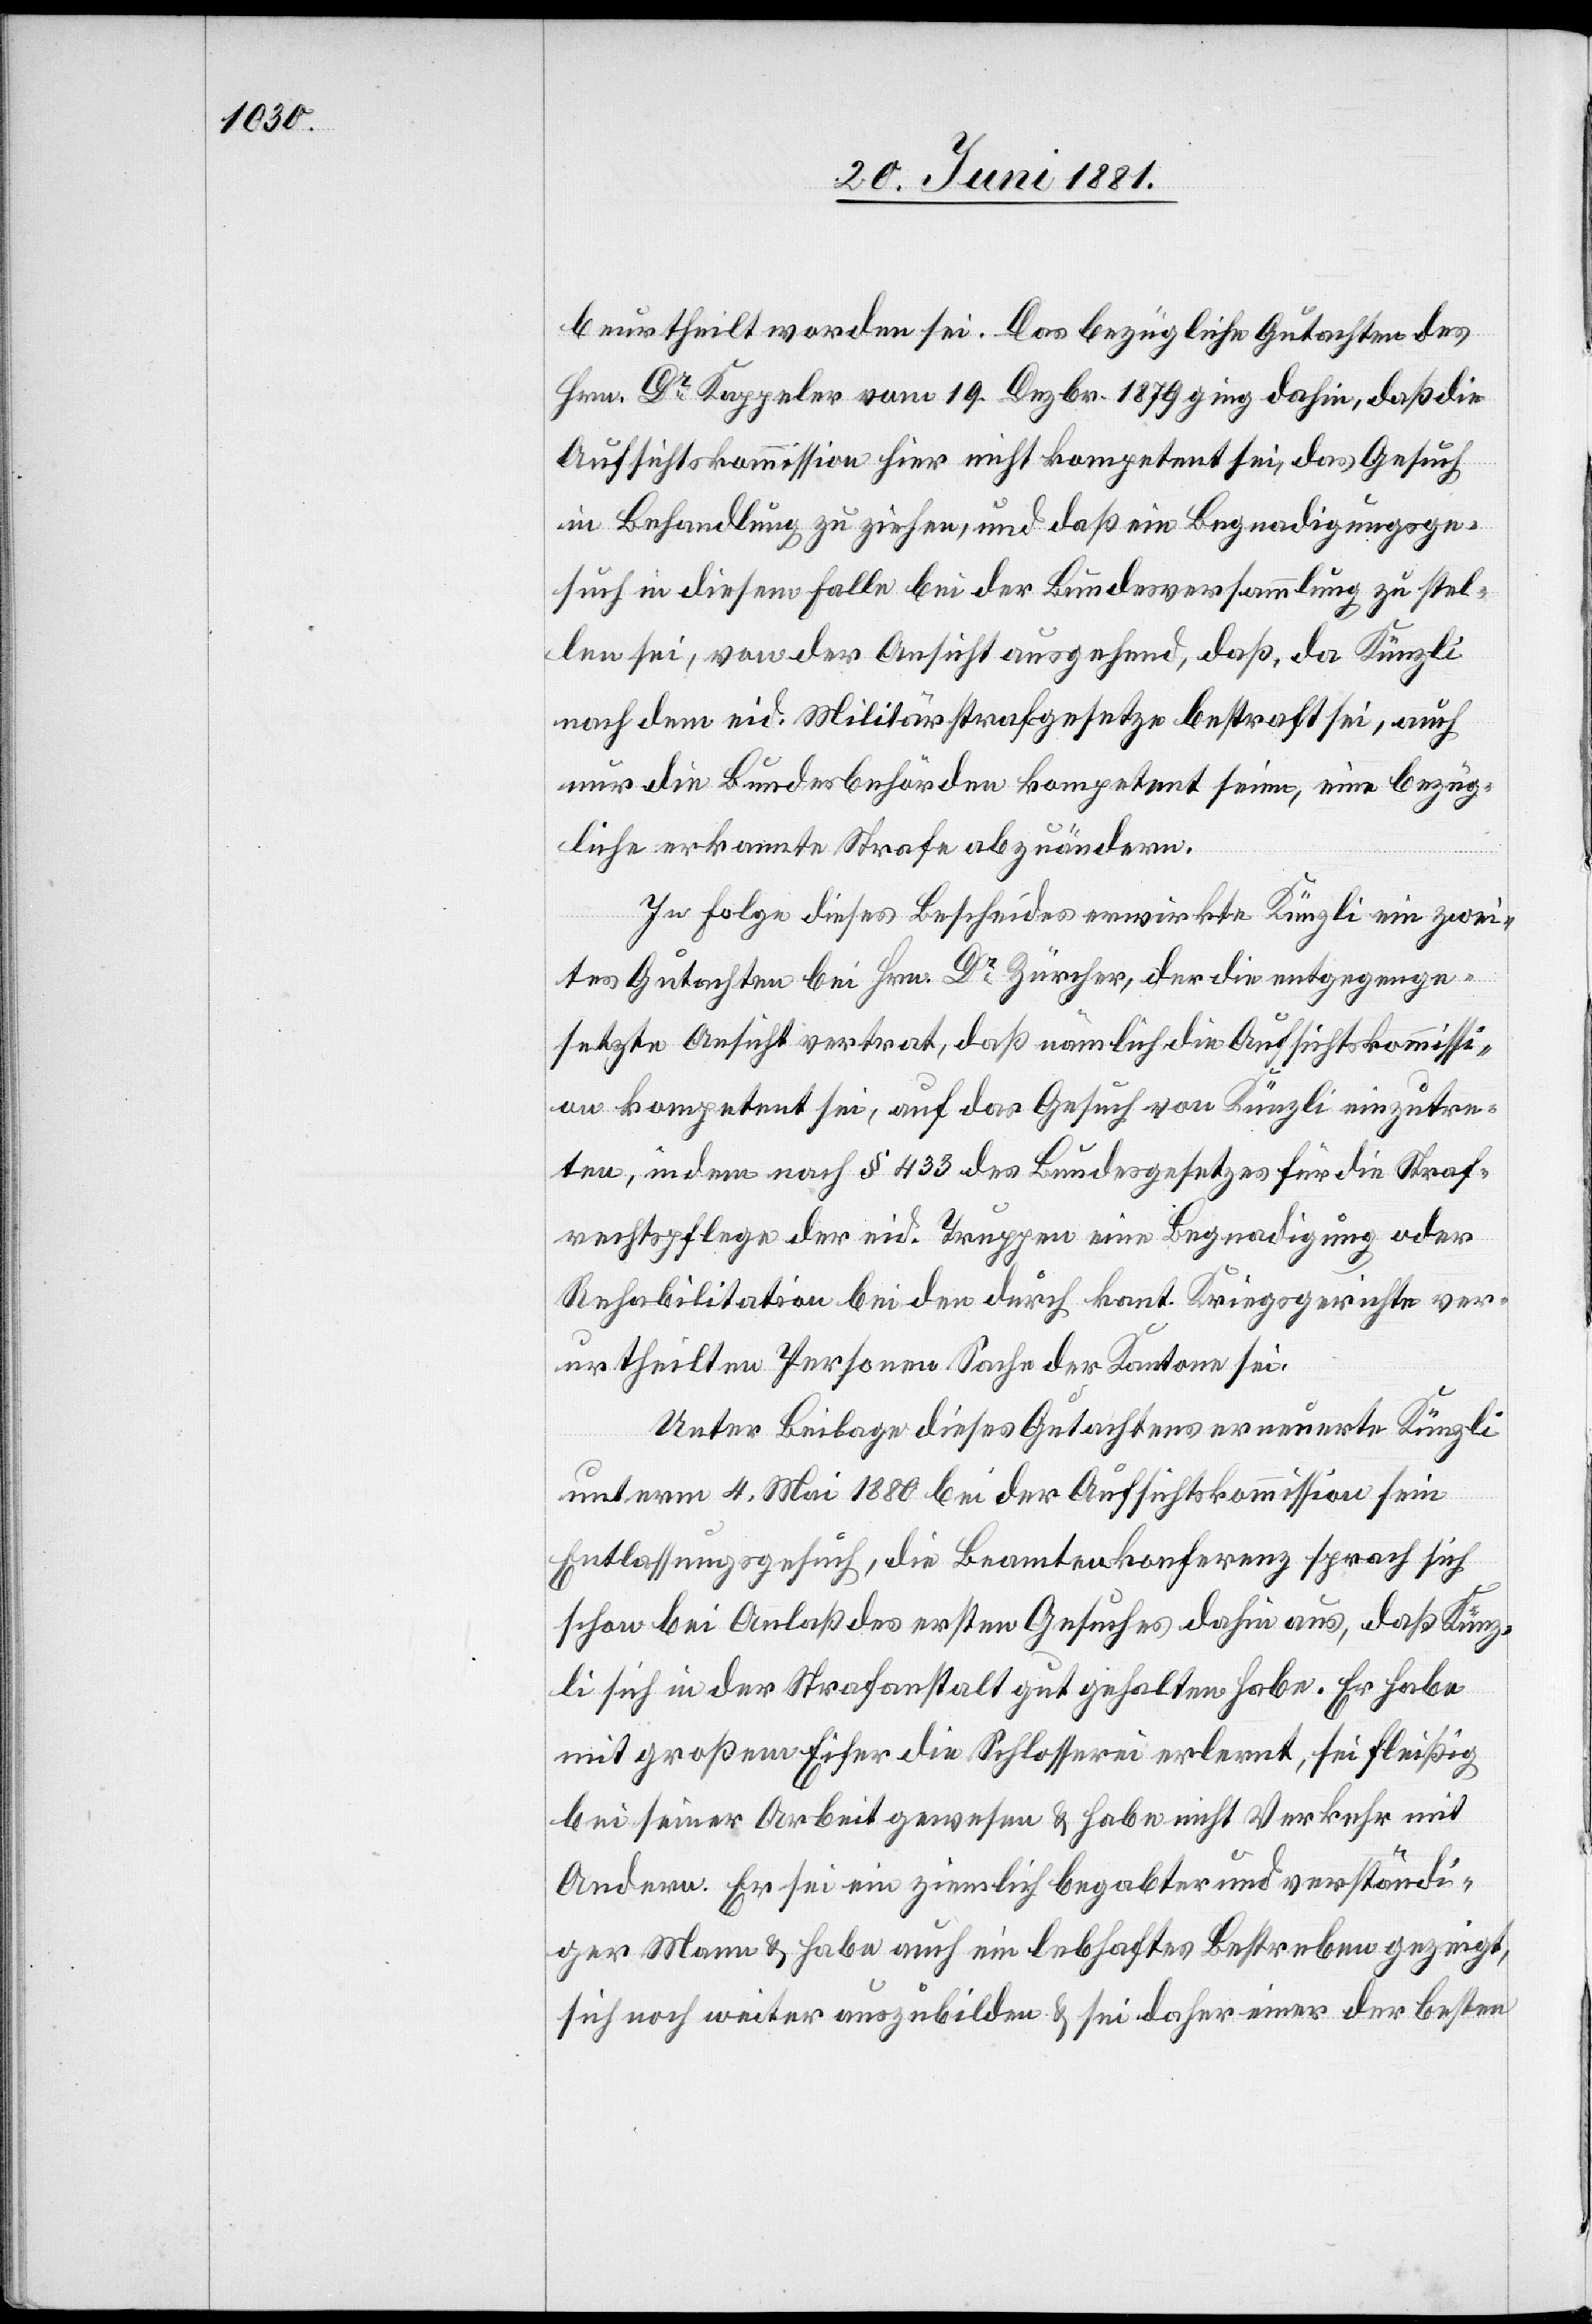
beurtheilt worden sei. Das bezügliche Gutachten des
Hrn. Kappeler vom 19. Dezbr. 1879 ging dahin, daß die
Aufsichtskommission hier nicht kompetent sei, das Gesuch
in Behandlung zu ziehen, und daß ein Begnadigungsge¬
such in diesem Falle bei der Bundesversammlung zu stel¬
len sei, von der Ansicht ausgehend, daß, da Künzli
nach dem eid. Militärstrafgesetze bestraft sei, auch
nur die Bundesbehörden kompetent seien, eine bezüg¬
liche erkannte Strafe abzuändern.
In Folge dieses Bescheides erwirkte Künzli ein zwei¬
tes Gutachten bei Hrn. Dr Zürcher, der die entgegenge¬
setzte Ansicht vertrat, daß nämlich die Aufsichtskommissi¬
on kompetent sei, auf das Gesuch von Künzli einzutre¬
ten, in dem nach § 433 des Bundesgesetzes für die Straf¬
rechtspflege der eid. Truppen eine Begnadigung oder
Rehabilitation bei den durch kant. Kriegsgerichte ver¬
urtheilten Personen Sache der Kantone sei.
Unter Beilage dieses Gutachtens erneuerte Künzli
unterm 4. Mai 1880 bei der Aufsichtskommission sein
Entlassungsgesuch, die Beamtenkonferenz sprach sich
schon bei Anlaß des ersten Gesuches dahin aus, daß Künz¬
li sich in der Strafanstalt gut gehalten habe. Er habe
mit großem Eifer die Schlosserei erlernt, sei fleißig
bei seiner Arbeit gewesen & habe nicht Verkehr mit
Andern. Er sei ein ziemlich begabter und verständi¬
ger Mann & habe auch ein lebhaftes Bestreben gezeigt,
sich noch weiter auszubilden & sei daher einer der besten